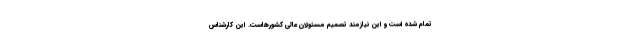
تمام شده است و این نیازمند تصمیم مسئولان عالی کشورهاست. این کارشناس